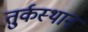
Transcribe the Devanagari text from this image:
तु्र्कस्थान